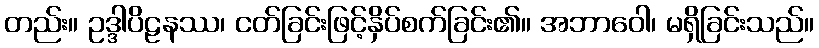
တည်း။ ဥဒ္ဒါပိဠနဿ၊ ငတ်ခြင်းဖြင့်နှိပ်စက်ခြင်း၏။ အဘာဝေါ၊ မရှိခြင်းသည်။